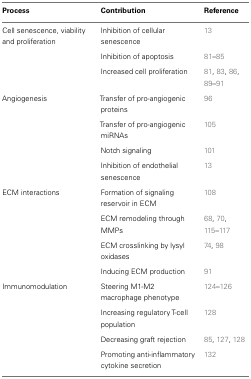
| Process | Contribution | Reference |
 | --- | --- | --- |
 | Cell senescence, viability and proliferation | Inhibition of cellular senescence | 13 |
 |  | Inhibition of apoptosis | 81–85 |
 |  | Increased cell proliferation | 81, 83, 86, 89–91 |
 | Angiogenesis | Transfer of pro-angiogenic proteins | 96 |
 |  | Transfer of pro-angiogenic miRNAs | 105 |
 |  | Notch signaling | 101 |
 |  | Inhibition of endothelial senescence | 13 |
 | ECM interactions | Formation of signaling reservoir in ECM | 108 |
 |  | ECM remodeling through MMPs | 68, 70, 115–117 |
 |  | ECM crosslinking by lysyl oxidases | 74, 98 |
 |  | Inducing ECM production | 91 |
 | Immunomodulation | Steering M1-M2 macrophage phenotype | 124–126 |
 |  | Increasing regulatory T-cell population | 128 |
 |  | Decreasing graft rejection | 85, 127, 128 |
 |  | Promoting anti-inflammatory cytokine secretion | 132 |